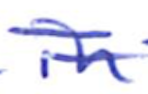
Text: in
Cross-out: double-line
Writing tool: ballpoint